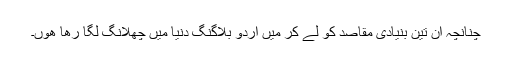
چنانچہ ان تین بنیادی مقاصد کو لے کر میں اردو بلاگنگ دنیا میں چھلانگ لگا رھا ھوں۔